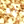
لم